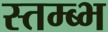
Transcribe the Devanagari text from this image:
स्तम्ब्भ